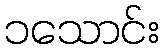
၁သောင်း